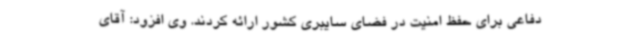
دفاعی برای حفظ امنیت در فضای سایبری کشور ارائه کردند. وی افزود: آقای